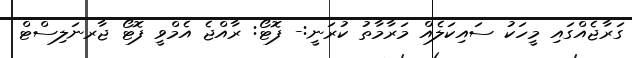
ގަރާޖެއްގައި މީހަކު ސައިކަލެއް މަރާމާތު ކުރަނީ:- ފޮޓޯ: ރާއްޖެ އެމްވީ ފޮޓޯ ޖާރނަލިސްޓް